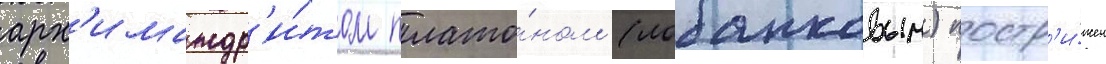
арх'имандр'и́том плато́ном (лобанковым) постр'и́жен